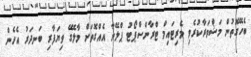
ބެހޭގޮތުން މަޝްވަރާކުރެވި މެރިޓައިމް ޓްރާންސްޕޯޓު ޕްލޭނާ އެއްގޮތަށް މާލޭގެ ވިޔަފާރި ބަނދަރު އެހެން